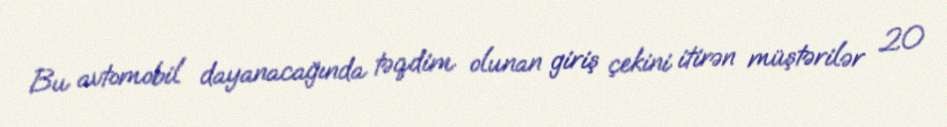
Bu avtomobil dayanacağında təqdim olunan giriş çekini itirən müştərilər 20